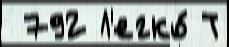
 792 Л'егко́ Т